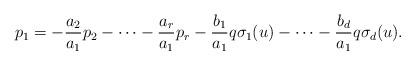
LaTeX: \begin{align*}p_1=-\frac{a_2}{a_1}p_2-\cdots-\frac{a_r}{a_1}p_r-\frac{b_1}{a_1}q\sigma_1(u)-\cdots-\frac{b_d}{a_1}q\sigma_d(u).\end{align*}